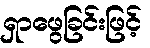
ရှာဖွေခြင်းဖြင့်